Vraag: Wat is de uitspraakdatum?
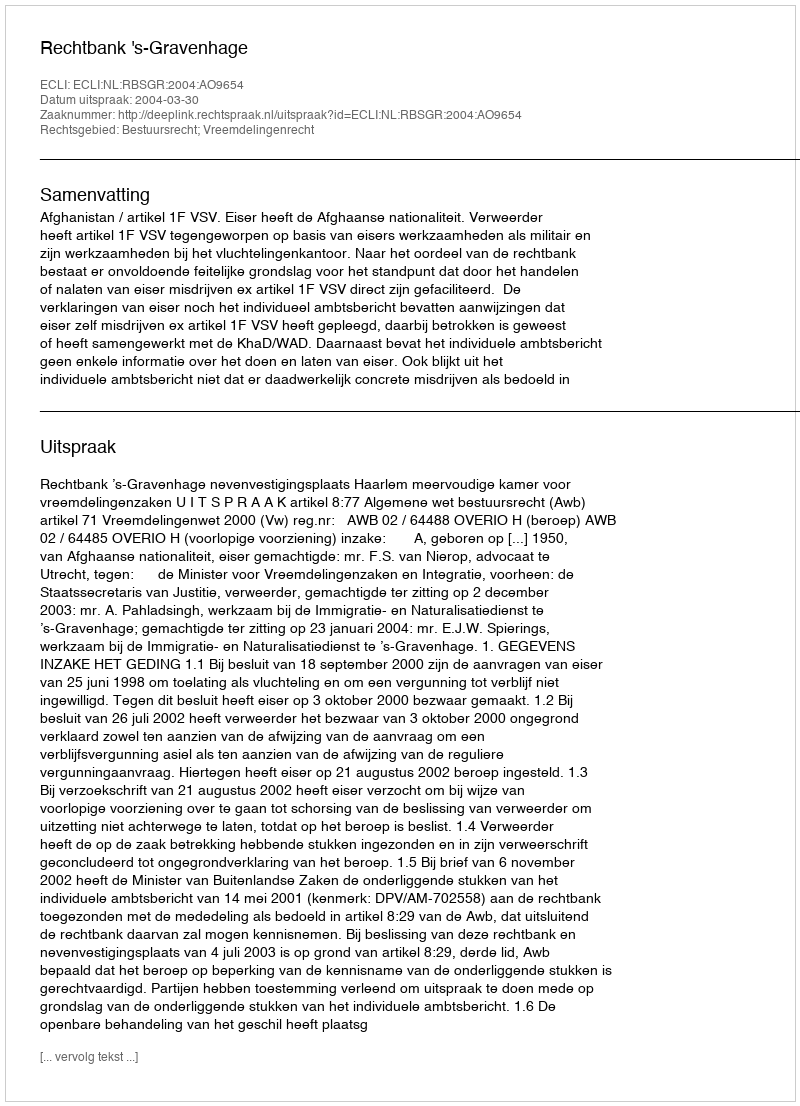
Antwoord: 2004-03-30